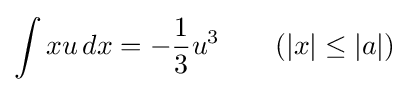
\int xu\,dx=-{\frac {1}{3}}u^{3}\qquad {\mbox{(}}|x|\leq |a|{\mbox{)}}